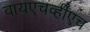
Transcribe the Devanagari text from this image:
वायएचव्हीएच